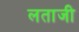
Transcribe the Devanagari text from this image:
लताजी